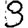
Digit: 3